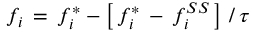
f _ { i } \, = \, f _ { i } ^ { * } - \left[ \, f _ { i } ^ { * } \, - \, f _ { i } ^ { S S } \, \right] \, / \, \tau